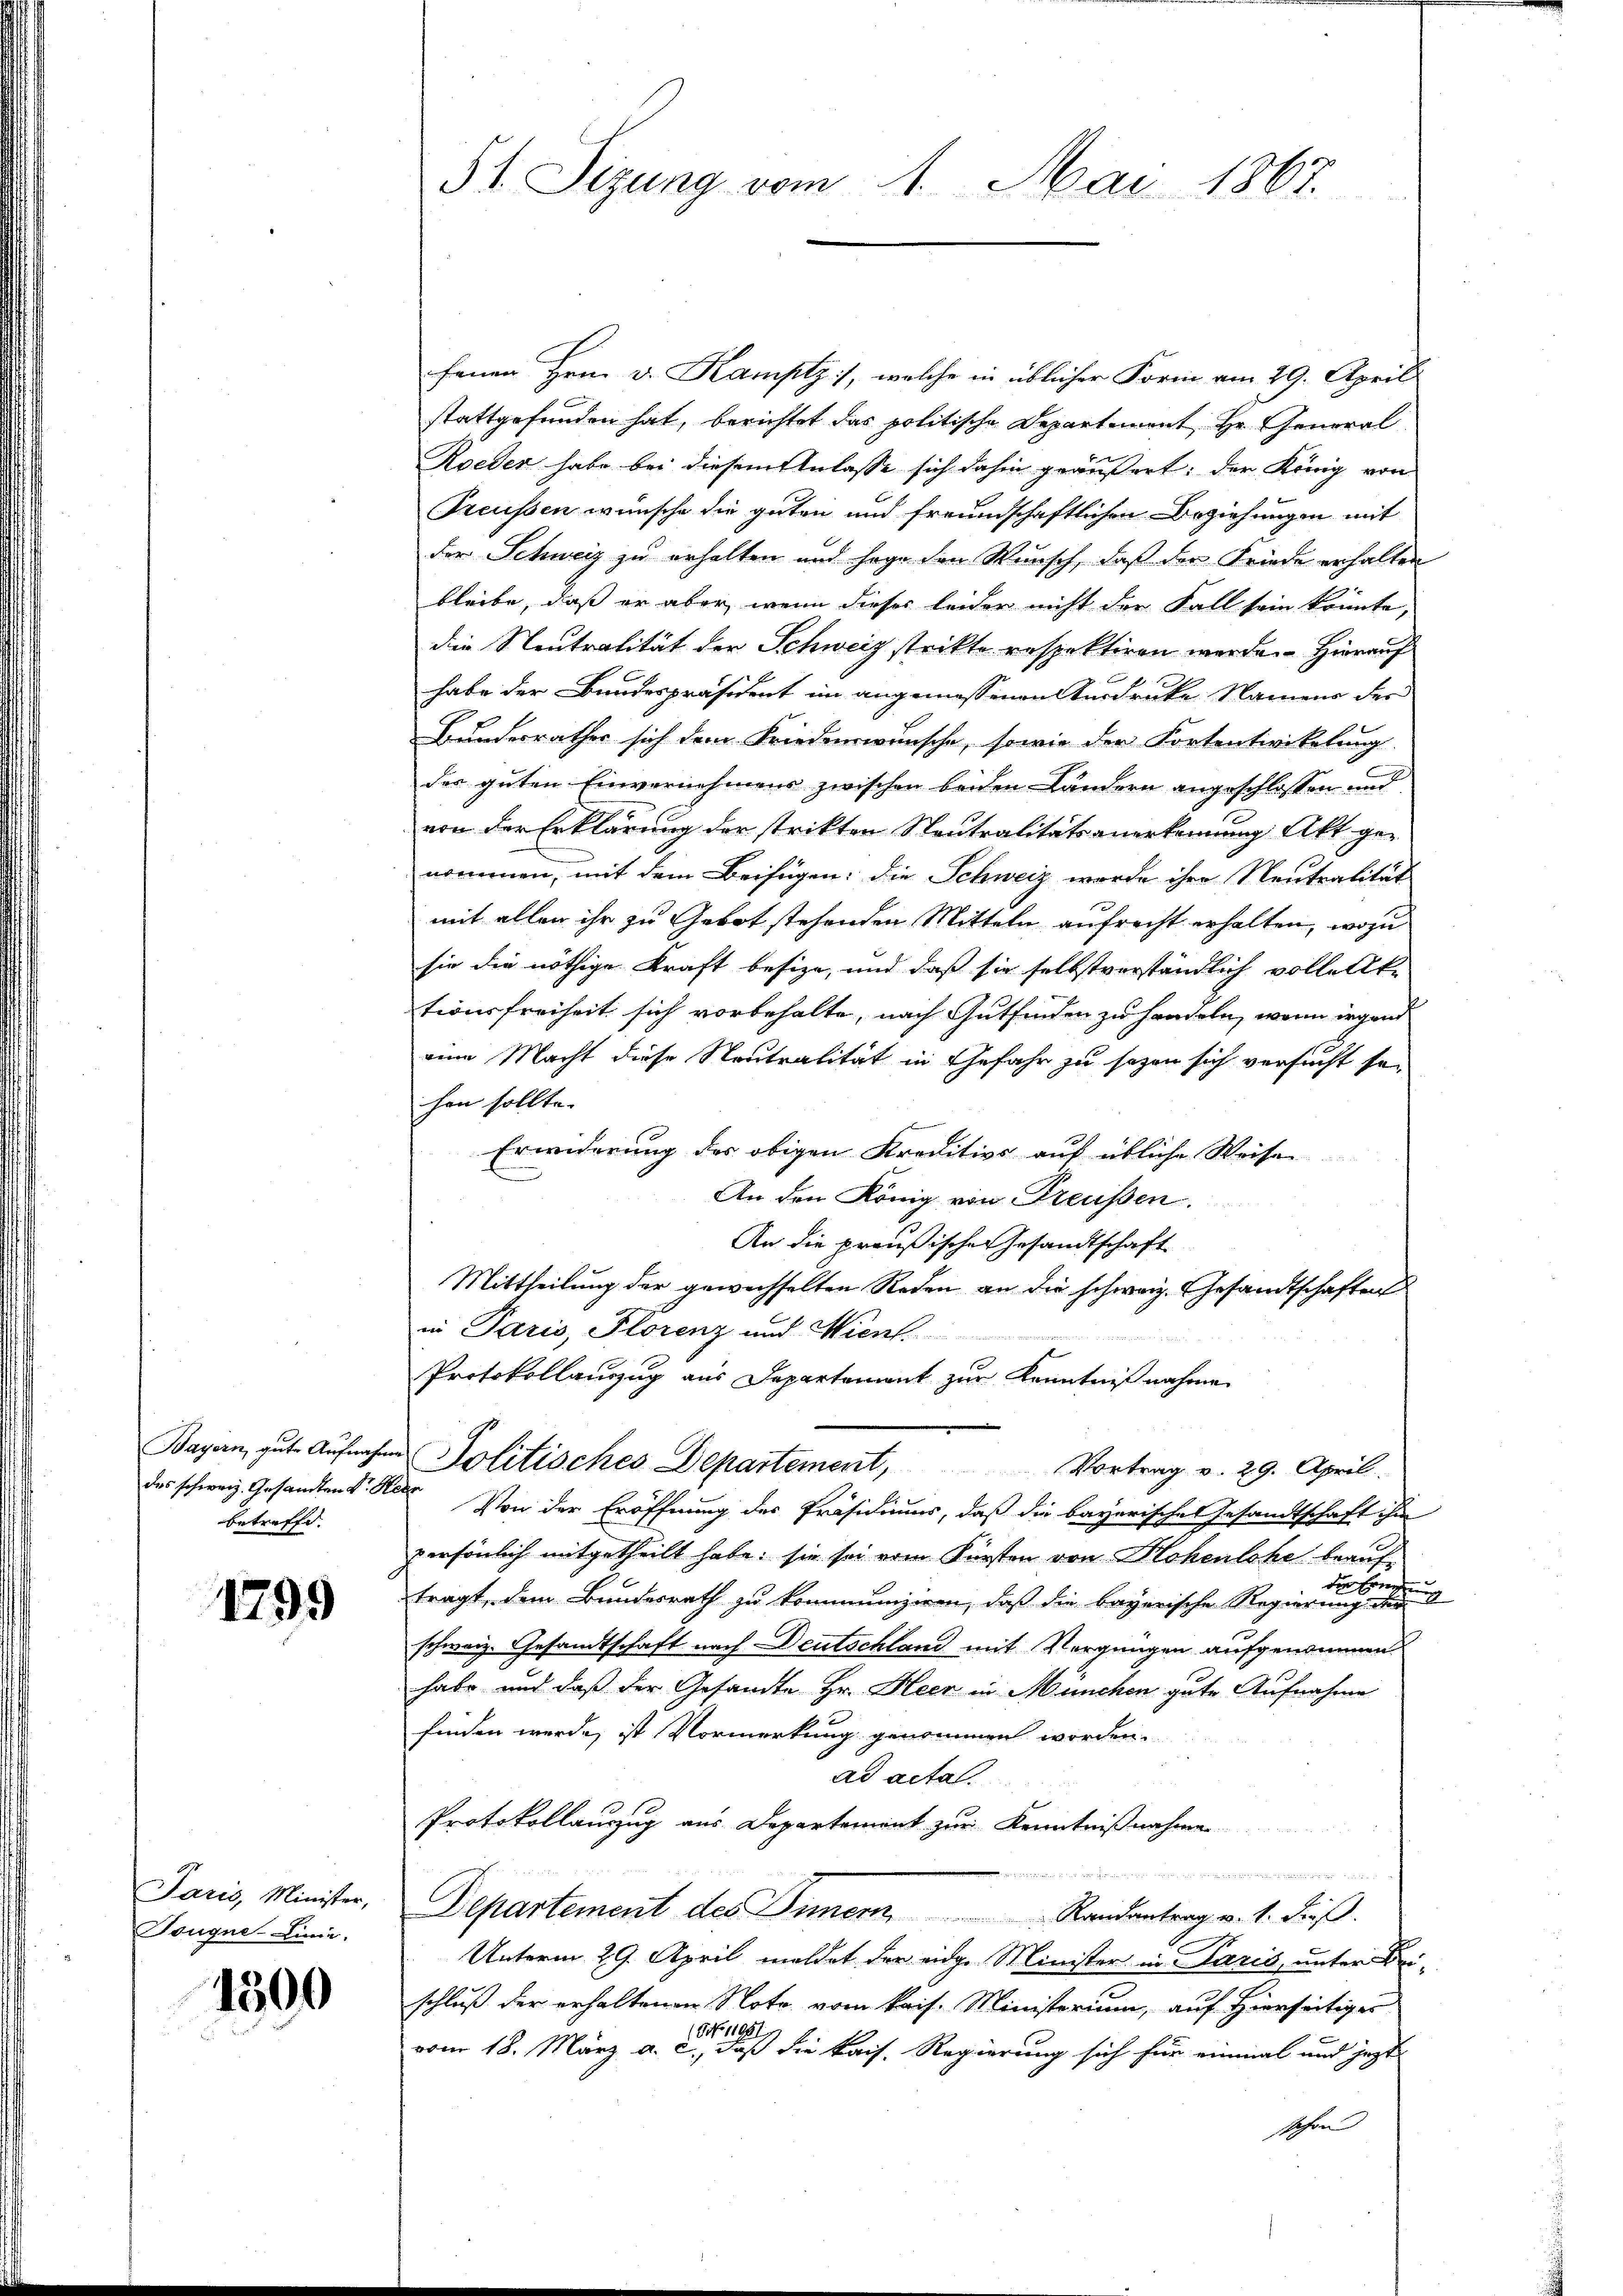
Bayern, gute Aufnahme
des schweiz. Gesandten Dr. R.
betreffe. |

1799

Paris, Minister,
Tougne Linie.

1300

51. Sizung vom 1. Mai 1867.

fenen Hrn. v. Kamptz], welche in üblicher Form vom 29. April
stattgefunden hat, berichtet das politische Departement Hr. General
Roeden habe bei diesem Anlasse sich dahin geäußert: der König von
Treussen wünsche die guten und freundschaftlichen Beziehungen mit
der Schweiz zu erhalten und sage den Wunsch, daß der Friede erhalten
bleibe, daß er aber, wenn dieser leider nicht der Fall sein könnte,
die Neutralität der Schweiz strikte respektiren werde. Hierauf
habe der Bundespräsident im angemessenen Ausdrucke Namens der
Bundesrathes sich dem Friedenswünsche, sowie der Fortentwickelung
des guten Einvernehmens zwischen beiden Ländern angeschlossen und
von der Erklärung der strikten Neutralitätsanerkennung Akt ge-
nommen, mit dem Beifügen: die Schweiz wurde ihre Neutralität
mit allen ihr zu Gebot stehenden Mitteln aufrecht erhalten, wozu
sie die nöthige Kraft besize, und daß sie selbstverständlich vollelke
tionsfreiheit sich vorbehalte, nach Gutfinden zu handeln, wenn irgend
eine Macht diese Neutralität in Gefahr zu sagen sich versucht sei
hen sollte.
Erinderung des obigen Kreditivs auf übliche Weise
An den König von Preußen.
An die preußischer Gesandtschaft
Mittheilung der gewechselten Reden an die schweiz. Gesandtschaften
in Paris, Florenz und Wien
Protokollauszug aus Departement zur Kenntnißnahmen
Politisches Departement, Vortrag v. 29. April.
 Von der Eröffnung des Präsidiums, daß die bayerische Gesandtschaft in
persönlich mitgetheilt habe; sie sei vom Fürsten von Hohenlohe beaufd
u
tragt, dem Bundesrath zu kommenziren, daß die bayerische Regierung der
schweiz. Gesandtschaft nach Deutschland mit Vergnügen aufgenommen
habe und daß der Gesandte Hr. Heer in München gute Aufnahme
finden werde, ist Vormerkung genommen worden.
ad acta.
Protokollauszug aus Departement zur Kenntnißnahme
i
Departement des Inner Randantrag v. 1. dieß.
Unterm 29. April meldet der eidge Minister in Paris, unter Bei-
schluß der erhaltenen Note vom kais. Ministerium, auf Hierseitiger
(Off. 11951,
vom 18. März a. c., daß die kais. Regierung sich für einmal und jezt
schon